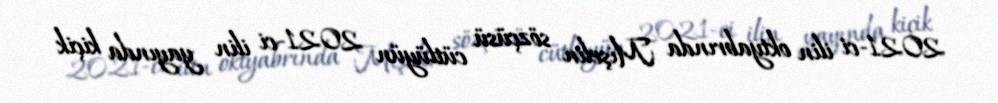
2021-ci ilin oktyabrında Mişelin sözçüsü cütlüyün 2021-ci ilin yayında kiçik